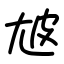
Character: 㝿